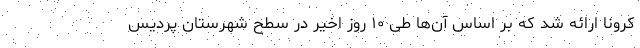
کرونا ارائه شد که بر اساس آن‌ها طی ۱۰ روز اخیر در سطح شهرستان پردیس